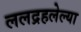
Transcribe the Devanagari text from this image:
ललद्रहलेल्या